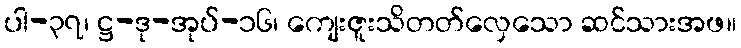
ပါ-၃၇၊ ဋ္ဌ-ဒု-အုပ်-၁၆၊ ကျေးဇူးသိတတ်လှေသော ဆင်သားအဖ။